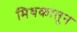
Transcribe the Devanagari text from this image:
मिथकातून